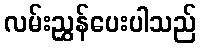
လမ်းညွှန်ပေးပါသည်